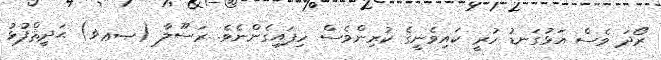
ރޯދަ ވެސް އަޅުގަނޑު ހުރީ ކައިވެނީގެ ކުރިންވެސް ހިފައިގެންނެވެ. ރަސޫލާ (ޞޢޥ) ޙަދީޘްފުޅު